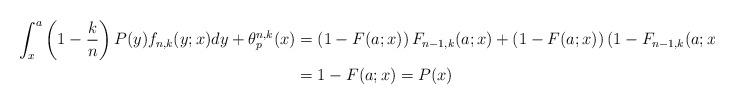
LaTeX: \begin{align*}\int_{x}^{a}\left(1-\frac{k}{n}\right)P(y)f_{n,k}(y;x)dy+\theta_{p}^{n,k}(x)&=\left(1-F(a;x)\right)F_{n-1,k}(a;x)+\left(1-F(a;x)\right)\left(1-F_{n-1,k}(a;x)\right)\\&=1-F(a;x)= P(x)\end{align*}